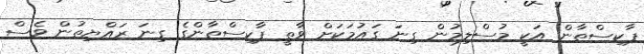
ޕާކިސްތާން އަކީ މުސްލިމުން ގިނަ ގައުމަކަށް ވާތީ ޕާކިސްތާންގެ ގިނަ ރައްޔިތުން ވެސް